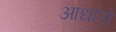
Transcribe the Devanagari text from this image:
आधारो